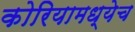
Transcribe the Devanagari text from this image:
कोरियामध्येच